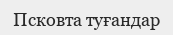
Псковта туғандар